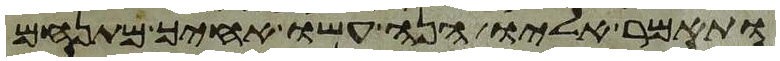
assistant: ותאמר אליו הנה עשו אחיך מתנחם